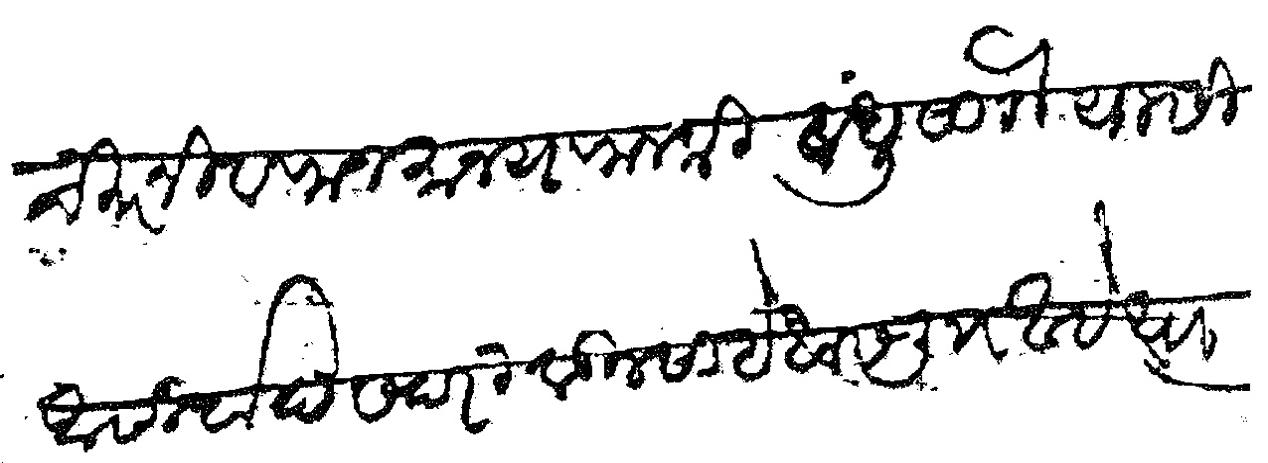
Transliteration (Devanagari): चिरंजीव राजमान्य राजश्री बंधुसाो यासी आसीर्वाद सदरी वडीलसाहेबास लि आहे त्यावरून